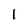
Character: 1